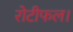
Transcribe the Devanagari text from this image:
रोटीफल।